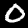
Digit: 0